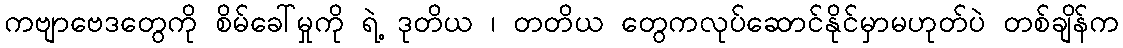
ကဗျာဗေဒတွေကို စိမ်ခေါ်မှုကို ရဲ့ ဒုတိယ ၊ တတိယ တွေကလုပ်ဆောင်နိုင်မှာမဟုတ်ပဲ တစ်ချိန်က